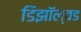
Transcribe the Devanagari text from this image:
डिझॉल्वड